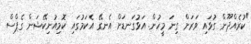
"ކުރެއްދޫން ގުޅައި ވަރަށް ގިނަ މީހުން. އަޅުގަނޑަށް އެނގޭ އެކަމުގައި ކޮމިއުނިކޭޝަން ގެޕްސް